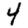
Digit: 4